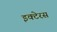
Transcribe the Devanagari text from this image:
इक्टेरस